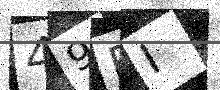
Text: 49EI